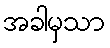
အခါမှသာ